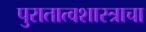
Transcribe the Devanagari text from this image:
पुरातात्वशास्त्राचा